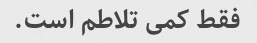
فقط کمی تلاطم است.